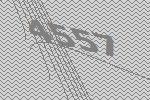
4557